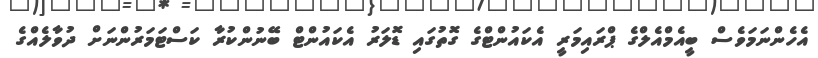
އެހެންނަމަވެސް ބީއެމްއެލްގެ ޕްރައިމަރީ އެކައުންޓްގެ ގޮތުގައި ޑޮލަރު އެކައުންޓް ބޭނުންކުރާ ކަސްޓަމަރުންނަށް ދުވާލެއްގެ